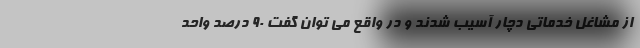
از مشاغل خدماتی دچار آسیب شدند و در واقع می توان گفت 90 درصد واحد